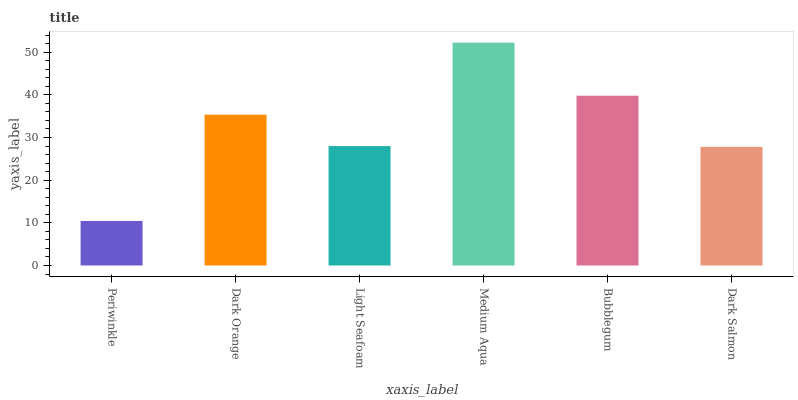
| xaxis_label | bars |
 | --- | --- |
 | Periwinkle | 10.4 |
 | Dark Orange | 35.3 |
 | Light Seafoam | 28 |
 | Medium Aqua | 52.2 |
 | Bubblegum | 39.8 |
 | Dark Salmon | 27.8 |